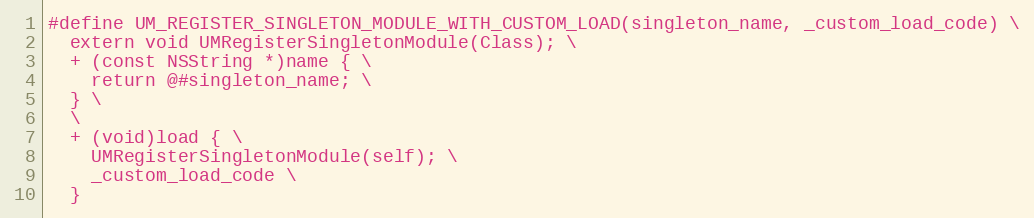
Language: C
#define UM_REGISTER_SINGLETON_MODULE_WITH_CUSTOM_LOAD(singleton_name, _custom_load_code) \
  extern void UMRegisterSingletonModule(Class); \
  + (const NSString *)name { \
    return @#singleton_name; \
  } \
  \
  + (void)load { \
    UMRegisterSingletonModule(self); \
    _custom_load_code \
  }